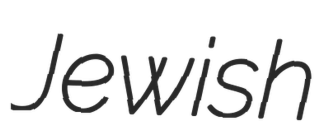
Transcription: Jewish